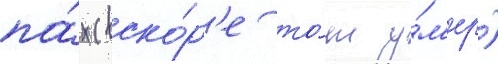
па́х (вско́р'е то́т у́м'ер)